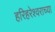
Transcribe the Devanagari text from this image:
हरिहरेश्‍वराच्या